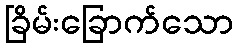
ခြိမ်းခြောက်သော